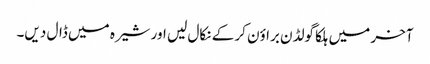
آخر میں ہلکا گولڈن براؤن کر کے نکال لیں اور شیرہ میں ڈال دیں۔